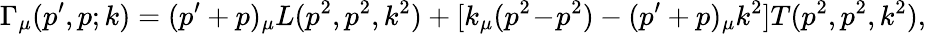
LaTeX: \Gamma_{\mu}(p^{\prime},p;k)=(p^{\prime}+p)_{\mu}L(p^{2},p^{2},k^{2})+[k_{\mu}(p^{2}\! -\! p^{2})-(p^{\prime}+p)_{\mu}k^{2}]T(p^{2},p^{2},k^{2}),